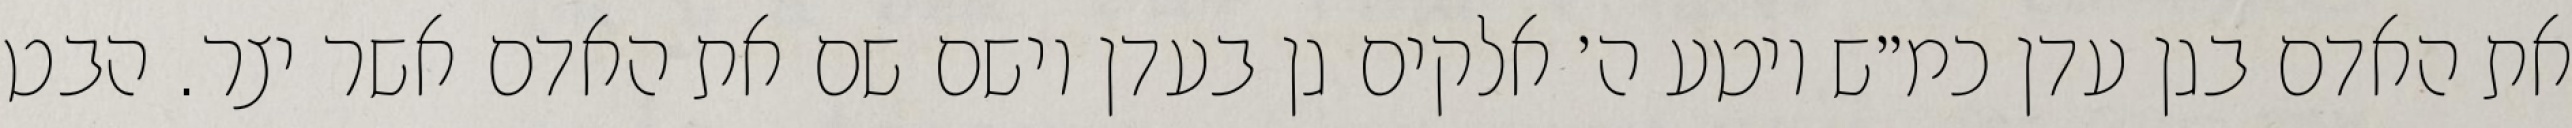
את האדם בגן עדן כמ״ש ויטע ה׳ אלקים גן בעדן וישם שם את האדם אשר יצר. הבט